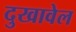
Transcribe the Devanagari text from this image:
दुखावेल